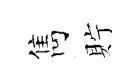
雋貯